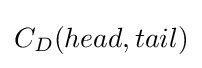
C_{D}(head,tail)